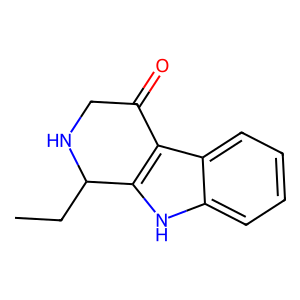
SMILES: CCC1NCC(=O)c2c1[nH]c1ccccc21
Inhibits HIV replication: No